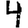
Digit: 4